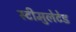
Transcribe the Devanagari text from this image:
स्टीमुलेटेड